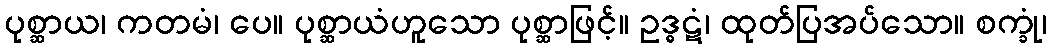
ပုစ္ဆာယ၊ ကတမံ၊ ပေ။ ပုစ္ဆာယံဟူသော ပုစ္ဆာဖြင့်။ ဥဒ္ဓဋံ၊ ထုတ်ပြအပ်သော။ စက္ခုံ၊